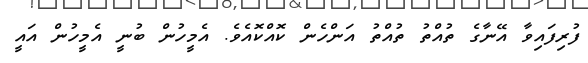
ފުރިފައިވާ އޭނާގެ ތުއްތު ތުއްތު އަންހެން ކޮއްކޮއެވެ. އެމީހުން ބުނީ އެމީހުން އައީ